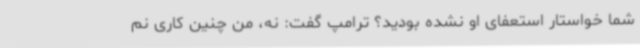
شما خواستار استعفای او نشده بودید؟ ترامپ گفت: نه، من چنین کاری نم